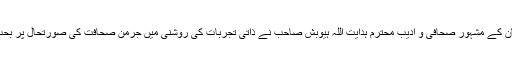
جرمن زبان کے مشہور صحافی و ادیب محترم ہدایت اللہ ہیوبش صاحب نے ذاتی تجربات کی روشنی میں جرمن صحافت کی صورتحال پر بحث کی ہے۔